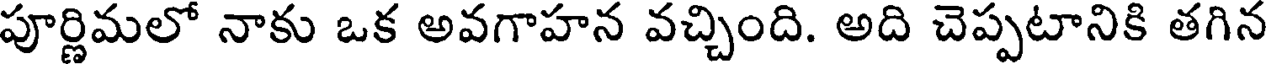
పూర్ణిమలో నాకు ఒక అవగాహన వచ్చింది. అది చెప్పటానికి తగిన